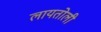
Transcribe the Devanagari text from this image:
लायतोली